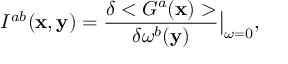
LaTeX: { \cal I } ^ { a b } ( { \bf x } , { \bf y } ) = \frac { \delta < { \cal G } ^ { a } ( { \bf x } ) > } { \delta \omega ^ { b } ( { \bf y } ) } \big \vert _ { \omega = 0 } ,